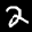
Label: 2